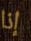
إذا